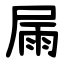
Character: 屚